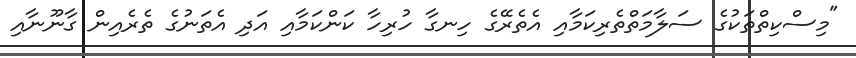
"މިސްކިތްތަކުގެ ސަލާމަތްތެރިކަމާއި އެތެރޭގެ ހިނގާ ހުރިހާ ކަންކަމާއި އަދި އެތަނުގެ ތެރެއިން ގާނޫނާއި